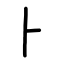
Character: ⺊